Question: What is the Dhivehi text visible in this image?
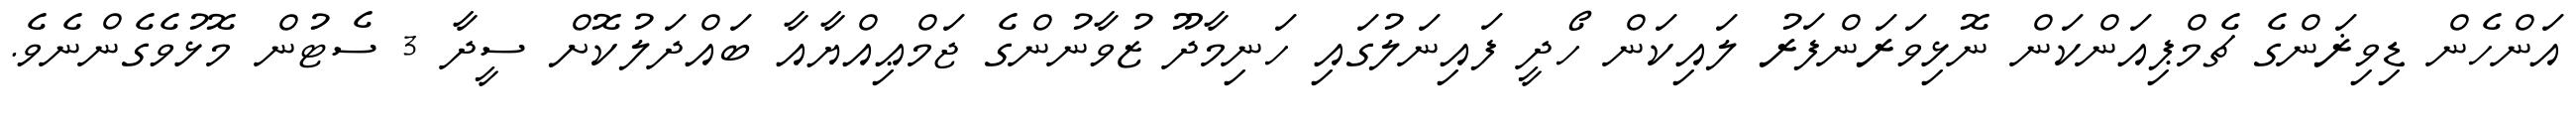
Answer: އަންހެން ޑިވިޜަންގެ ޗެމްޕިއަންކަން ނޮޅިވަރަންފަރު ލައިކަން ހޯދީ ފައިނަލުގައި ހަނިމާދޫ ޒުވާނުންގެ ޖަމްޢިއްޔާއާ ބައްދަލުކޮށް ސީދާ 3 ސެޓުން މޮޅުވެގެންނެވެ.